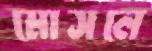
মোসলে